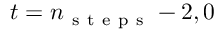
t = n _ { \mathrm { ~ s ~ t ~ e ~ p ~ s ~ } } - 2 , 0